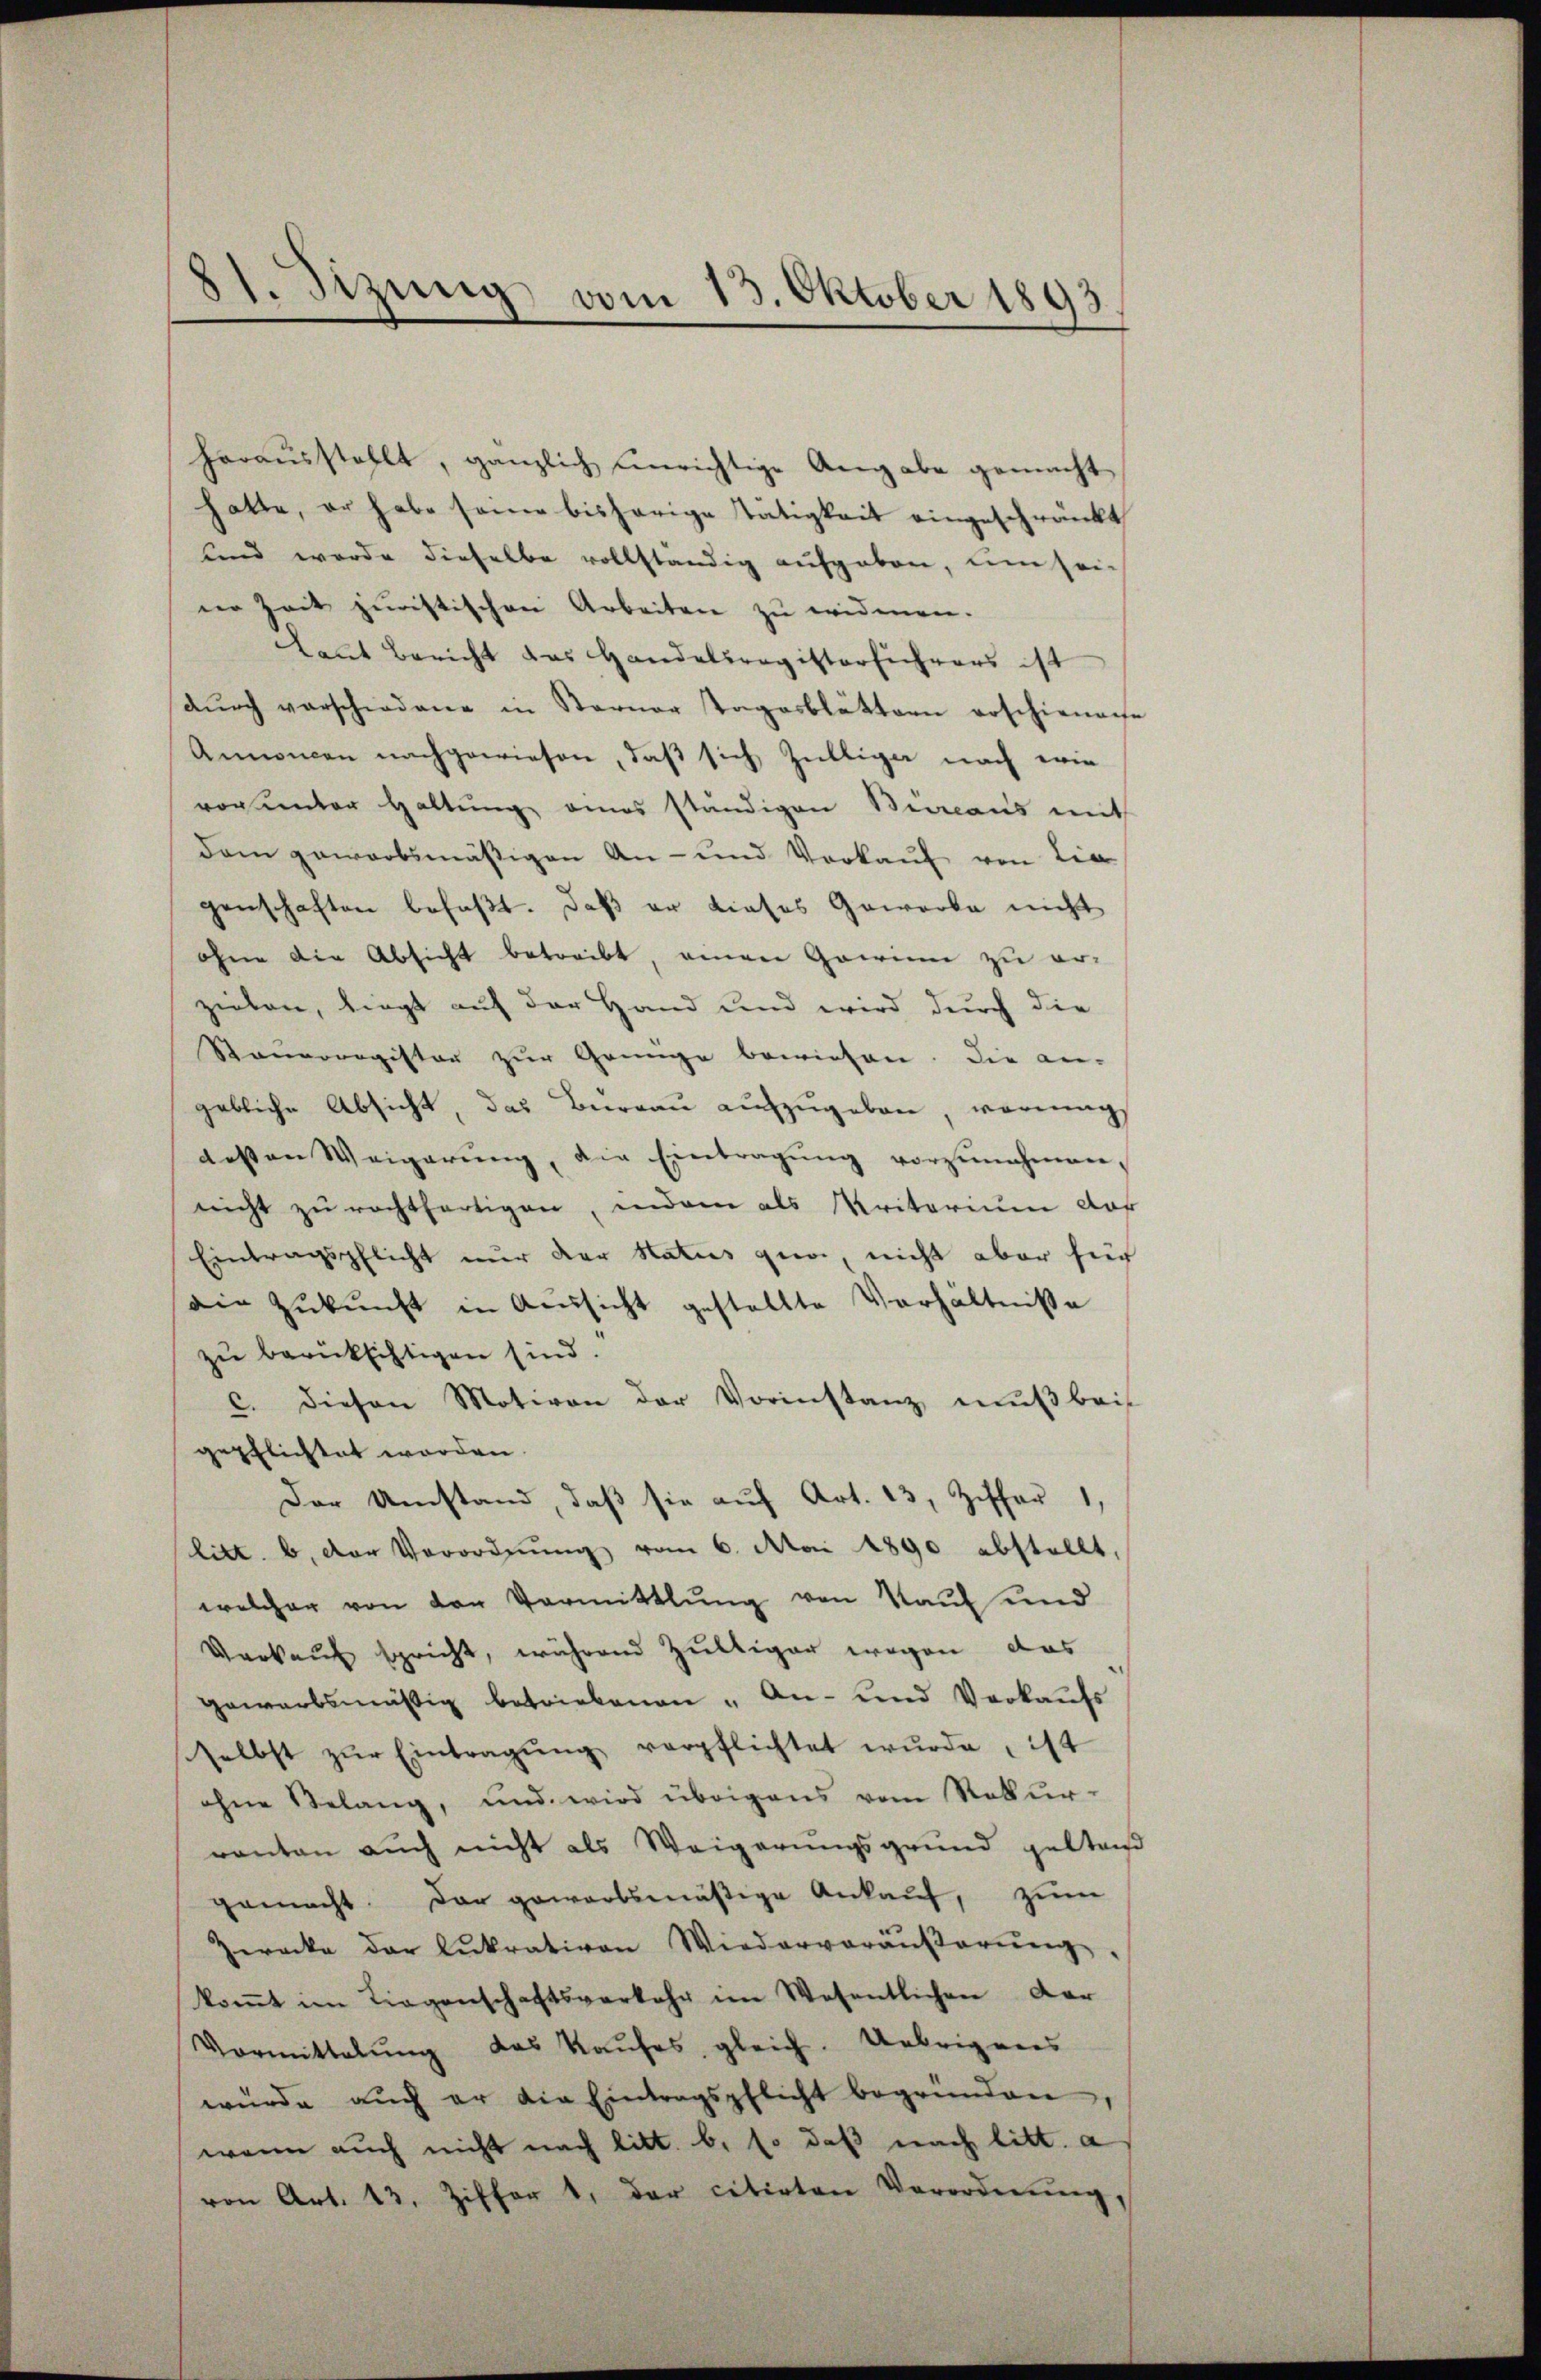
81. Sizung vom 13. Oktober 1893

zielen, liegt auf der Hand und wird durch die
Samoragister zur Grünge bewiesen. Die an-
gebliche Absicht, das Bureau aufzugeben, vormungs
dessen Weigerŭng, die Eintragŭng vorzŭnehmen,
nicht zu rechtfertigen, indem als Kritorium dor
Eintragspflicht nur der Status geri, nicht aber für
die Zŭkŭnft in Aussicht gestellte Verhältniße
zu berücksichtigen sind.
c. diesen Motiven der Vorinstanz muß beis
gepflichtet worden.
Der Umstand, daß sie auf Art. 13, Ziffer 1,
litt. b. der Verordnŭng vom 6. Mai 1890 abstellt,
welcher von den Vormittlung von Kauf und
Verkauf spricht, während Zültiger wegen das
gewarbsmäßig betriebenen „An- und Verkaufs
selbst zŭr Eintragŭng verpflichtet wŭrde, ist
ohne Belang, und wird übrigens vom Rekurranten auch nicht als Weigerungsgrund gestan
gemacht. Der gewartsmäßige Ankauf, zum
Zwecke der Lukrativen Wiedervoräŭβerŭng,
koṁt im Liegenschaftsverkehr im Wesentlichen Dar
Vormittalŭng das Kaŭfes, gleich. Uebrigenes
würde aŭch er die Eintragspflicht begründen,
wenn auch nicht nach litt. b. so daß nach litt. a
von Art. 13. Ziffer 1. der citirten Verordnŭng,

herausstellt, gänzlich unrichtige Angabe gemacht
hatte, er habe seine bisherige Tätigkeit eingeschränkt
und werde dieselbe vollständig aufgeben, um sei-
ner Zeit juristischen Arbeiten zu widmen.
kant Bericht das Handelsregistersichers ist
dŭrch verschiedene in Sterner Tagasblättern erschienache
Annoncen nachgewiesen, daß sich Züllige nach wie
vor unter Haltung eines ständigen Beraus mit
dam gewarbsmäßigen An- und Vorkauf von Lie
genschaften befaßt. Daß er dieses Gewerbe nicht
ohne die Absicht betreibt, einen Gawin zu er¬